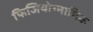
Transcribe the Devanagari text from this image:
फिजियोग्नामिक